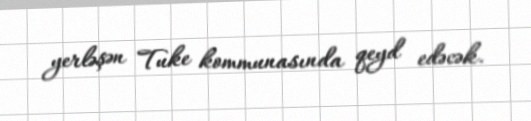
yerləşən Tuke kommunasında qeyd edəcək.